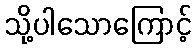
သို့ပါသောကြောင့်